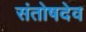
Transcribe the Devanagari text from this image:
संतोषदेव